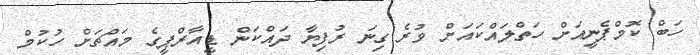
ހަބް ކޮމްޕެނީއަށް ހަތްލައްކައަށް ވުރެ ގިނަ ރުފިޔާ ދައްކަން ޑީއާރްޕީގެ މައްޗަށް ހުކުމް